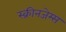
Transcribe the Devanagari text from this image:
स्क्रीनजेम्स